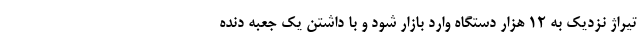
تیراژ نزدیک به ۱۲ هزار دستگاه وارد بازار شود و با داشتن یک جعبه دنده